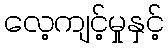
လေ့ကျင့်မှုနှင့်